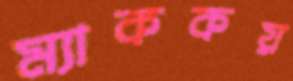
ম্যাককয়